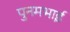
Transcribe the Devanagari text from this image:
पुनमभाई